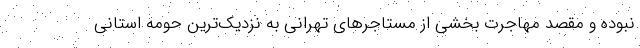
نبوده و مقصد مهاجرت بخشی از مستاجرهای تهرانی به نزدیک‌ترین حومه استانی